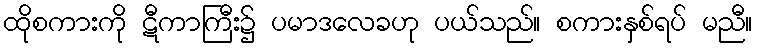
ထိုစကားကို ဋီကာကြီး၌ ပမာဒလေခဟု ပယ်သည်။ စကားနှစ်ရပ် မညီ။